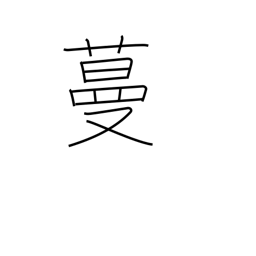
Meaning: sprawl